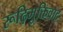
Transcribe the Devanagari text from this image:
रूढ़िमुक्तिवाद